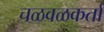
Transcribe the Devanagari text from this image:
चळवळकर्ता